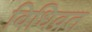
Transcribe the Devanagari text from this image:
विधिव्रत